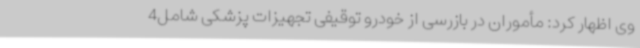
وی اظهار کرد: مأموران در بازرسی از خودرو توقیفی تجهیزات پزشکی شامل4